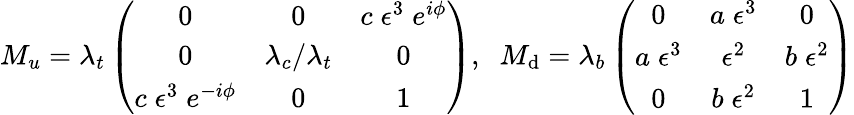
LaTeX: M_{u}=\lambda_{t}\left(\begin{array}{ccc}{{0}}&{{0}}&{{c\; \epsilon^{3}\; e^{i\phi}}}\\ {{0}}&{{\lambda_{c}/\lambda_{t}}}&{{0}}\\ {{c\; \epsilon^{3}\; e^{-i\phi}}}&{{0}}&{{1}}\end{array}\right),\; \; M_{\mathrm{d}}=\lambda_{b}\left(\begin{array}{ccc}{{0}}&{{a\; \epsilon^{3}}}&{{0}}\\ {{a\; \epsilon^{3}}}&{{\epsilon^{2}}}&{{b\; \epsilon^{2}}}\\ {{0}}&{{b\; \epsilon^{2}}}&{{1}}\end{array}\right)